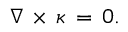
\nabla \, \times \, { \boldsymbol { \kappa } } \, = \, 0 .